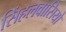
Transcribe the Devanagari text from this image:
सिंहलवासियों